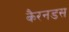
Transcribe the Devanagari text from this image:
कैरनडस